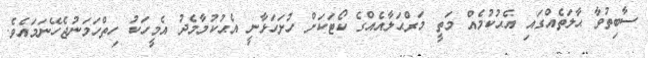
ސާބިތުވާ ޙާލަތެއްގައި އެޙުކުމެއް މަތީ މަރްޙަލާއެއްގެ ކޯޓަކަށް ހުށަހަޅާނީ އެޙުކުމާމެދު އެމީހަކު ހިތްހަމަނުޖެހޭނަމައެވެ.